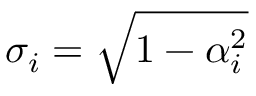
\sigma _ { i } = \sqrt { 1 - \alpha _ { i } ^ { 2 } }